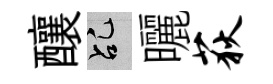
釀乩曬荻